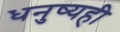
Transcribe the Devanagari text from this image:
धनुष्यही